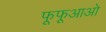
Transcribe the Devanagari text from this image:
फूफूआओ